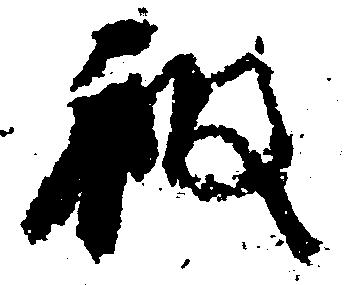
被